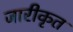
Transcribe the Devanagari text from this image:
जारीकृत